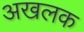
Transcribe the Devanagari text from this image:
अखलक